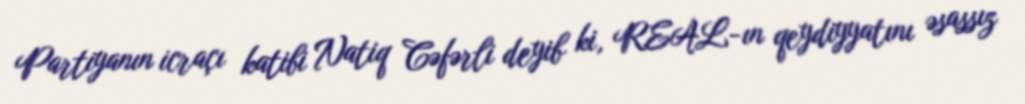
Partiyanın icraçı katibi Natiq Cəfərli deyib ki, REAL-ın qeydiyyatını əsassız